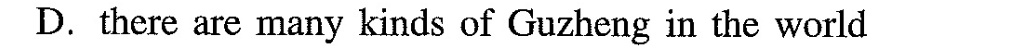
D.there are many kinds of Guzheng in the world